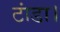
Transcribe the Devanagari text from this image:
टांडा।